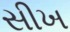
સીખ